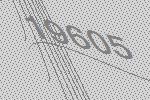
19605